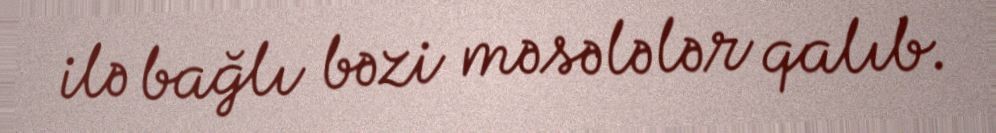
ilə bağlı bəzi məsələlər qalıb.